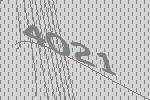
4021